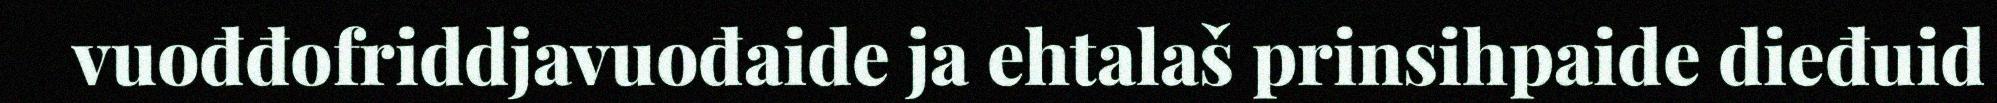
vuođđofriddjavuođaide ja ehtalaš prinsihpaide dieđuid